Vaccination in Bombay 1889-1901 - 1889-1901
Year: 1889
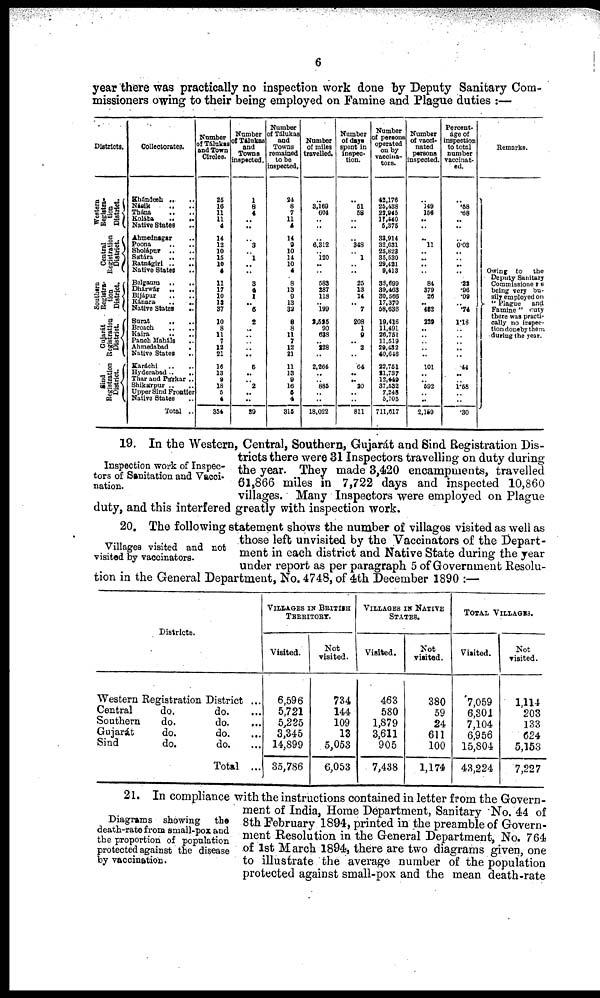
6
year there was practically no inspection work done by Deputy Sanitary Com-
missioners owing to their being employed on Famine and Plague duties :—
Districts.
Western
Registra-
tion
District.
Central
Registration
District.
Southern
Registra-
tion
District.
Gujarát
Registration
District.
Sind
Registration
District.
Collectorates.
Khándesh .. ..
Násik .. ..
Thána .. ..
Kolába .. ..
Native States ..
Ahmednagar .. ..
Poona .. ..
Sholápur .. ..
Sátára .. ..
Ratnágiri
..
..
Native States ..
Belgaum
..
..
Dhárwár
..
..
Bijápur .. ..
Kánara
..
..
Native States
..
Surat .. ..
Broach .. ..
Kaira .. ..
Panch Maháls
..
Ahmedabad
.
Native States
..
Karáchi .. ..
Hyderabad .. ..
Thar and Párkar ..
Shikárpur .. ..
Upper Sind Frontier
Native States ..
Total ..
Number
of Tálukas
and Town
Circles.
25
16
11
11
4
14
12
10
15
10
4
11
17
10
19
57
10
8
11
7
12
21
16
13
9
18
5
6
354
Number
of Tálukas
and
Towns
inspected.
1
8
4
..
..
..
3
..
1
..
..
3
4
1
..
5
2
..
..
..
..
..
6
..
..
2
..
..
39
Number
of Tálukas
and
Towns
remained
to be
inspected,
24
8
7
11
4
14
9
10
14
10
4
8
13
9
13
82
8
8
11
7
12
21
11
13
9
16
5
4
316
Number
of miles
travelled.
..
3,169
604
..
..
..
6,312
.. 120
..
..
583
287
118
..
199
2,525
90
633
.. 228
..
2,264
..
..
885
..
..
18,022
Number
of days
spent in
inspec-
tion.
..
51
58
..
..
..
348
..
1
..
..
25
13
14
..
7
208
1
9
..
2
..
64
..
..
20
..
..
811
Number
of persons
operated
on by
vaccina-
tors.
42,176
25,438
22,945
17,540
5,375
33,914
32,631
25,823
35,530
29,421
9,413
33,699
39,463
30,566
17,370
58,636
19,416
11,491
26,751
11,519
29,432
40,646
22,751
21,737
12,449
37,532
7,248
5,705
711,617
Number
of vacci-
nated
persons
inspected.
..
149
156
..
..
..
11
..
...
..
..
84
379
26
.. 452
229
..
..
..
..
..
101
..
..
592
..
..
2,159
Percent-
age of
inspection
to total
number
vaccinat-
ed.
..
.68
.68
..
..
..
0.03
..
..
.. ..
.22
.06
.09
..
.74
1.18
..
..
..
..
..
44
..
..
1.68
..
..
.30
Remarks.
Owing to the
Deputy Sanitary
Commissioners
being very bu-
sily employed on
" Plague and
Famine " duty
there was practi-
cally no inspec-
tion doneby them
during the year.
Inspection work of Inspec-
tors of Sanitation and Vacci-
nation.
19. In the Western, Central, Southern, Gujarát and Sind Registration Dis-
tricts there were 31 Inspectors travelling on duty during
the year. They made 3,420 encampments, travelled
61,866 miles in 7,722 days and inspected 10,860
villages. Many Inspectors were employed on Plague
duty, and this interfered greatly with inspection work.
Villages visited and not
visited by vaccinators.
20. The following statement shows the number of villages visited as well as
those left unvisited by the Vaccinators of the Depart-
ment in each district and Native State during the year
under report as per paragraph 5 of Government Resolu-
tion in the General Department, No. 4748, of 4th December 1890 :—
Districts.
Western Registration District ...
Central
do.
do. ...
Southern
do.
do. ...
Gujarát
do.
do. ...
Sind
do.
do. ...
Total ...
VILLAGES IN BRITISH
TERRITORY.
Visited.
6,596
5,721
5,225
3,345
14,899
35,786
Not
visited.
734
144
109
13
5,053
6,053
VILLAGES IN NATIVE
STATES.
Visited.
463
580
1,879
3,611
905
7,438
Not
visited.
380
59
24
611
100
1,174
TOTAL VILLAGES
Visited.
7,059
6,301
7,104
6,956
15,804
43,224
Not
visited.
1,114
203
133
624
5,153
7,227
Diagrams showing the
death-rate from small-pox and
the proportion of population
protected against the disease
by vaccination.
21. In compliance with the instructions contained in letter from the Govern-
ment of India, Home Department, Sanitary No. 44 of
8th February 1894, printed in the preamble of Govern-
ment Resolution in the General Department, No. 764
of 1st March 1894, there are two diagrams given, one
to illustrate the average number of the population
protected against small-pox and the mean death-rate